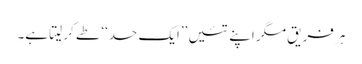
ہر فریق مگر اپنے تئیں ’’ایک حد‘‘ طے کر لیتا ہے۔